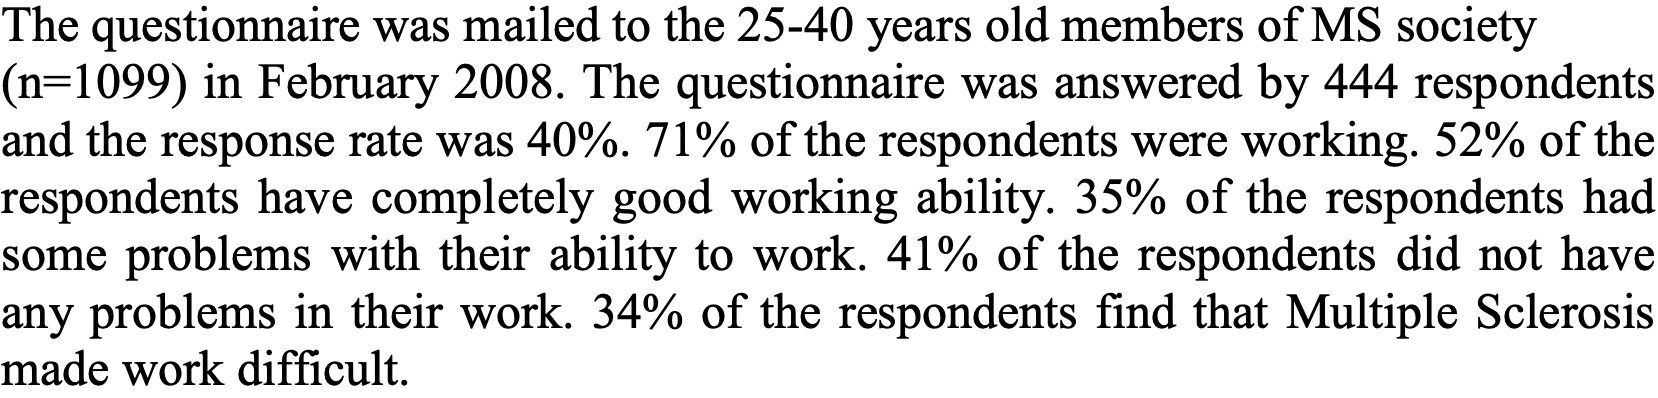
The questionnaire was mailed to the 25-40 years old members of MS society (n=1099) in February 2008. The questionnaire was answered by 444 respondents and the response rate was 40%. 71% of the respondents were working. 52% of the respondents have completely good working ability. 35% of the respondents had some problems with their ability to work. 41% of the respondents did not have any problems in their work. 34% of the respondents find that Multiple Sclerosis made work difficult.